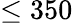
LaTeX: \le 350